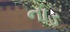
નાડ